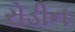
રોડીન